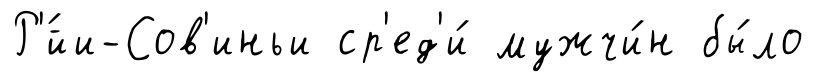
Р'́йи-Сов'иньи ср'ед'и́ мужчи́н бы́ло